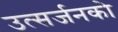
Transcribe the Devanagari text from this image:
उत्सर्जनको